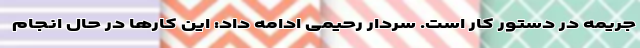
جریمه در دستور کار است. سردار رحیمی ادامه داد: این کار‌ها در حال انجام